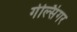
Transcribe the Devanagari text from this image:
गेल्सिंगर